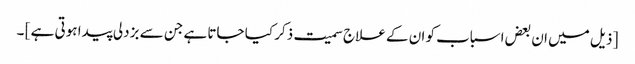
[ ذیل میں ان بعض اسباب کو ان کے علاج سمیت ذکر کیا جاتا ہے جن سے بزدلی پیدا ہوتی ہے ] ۔